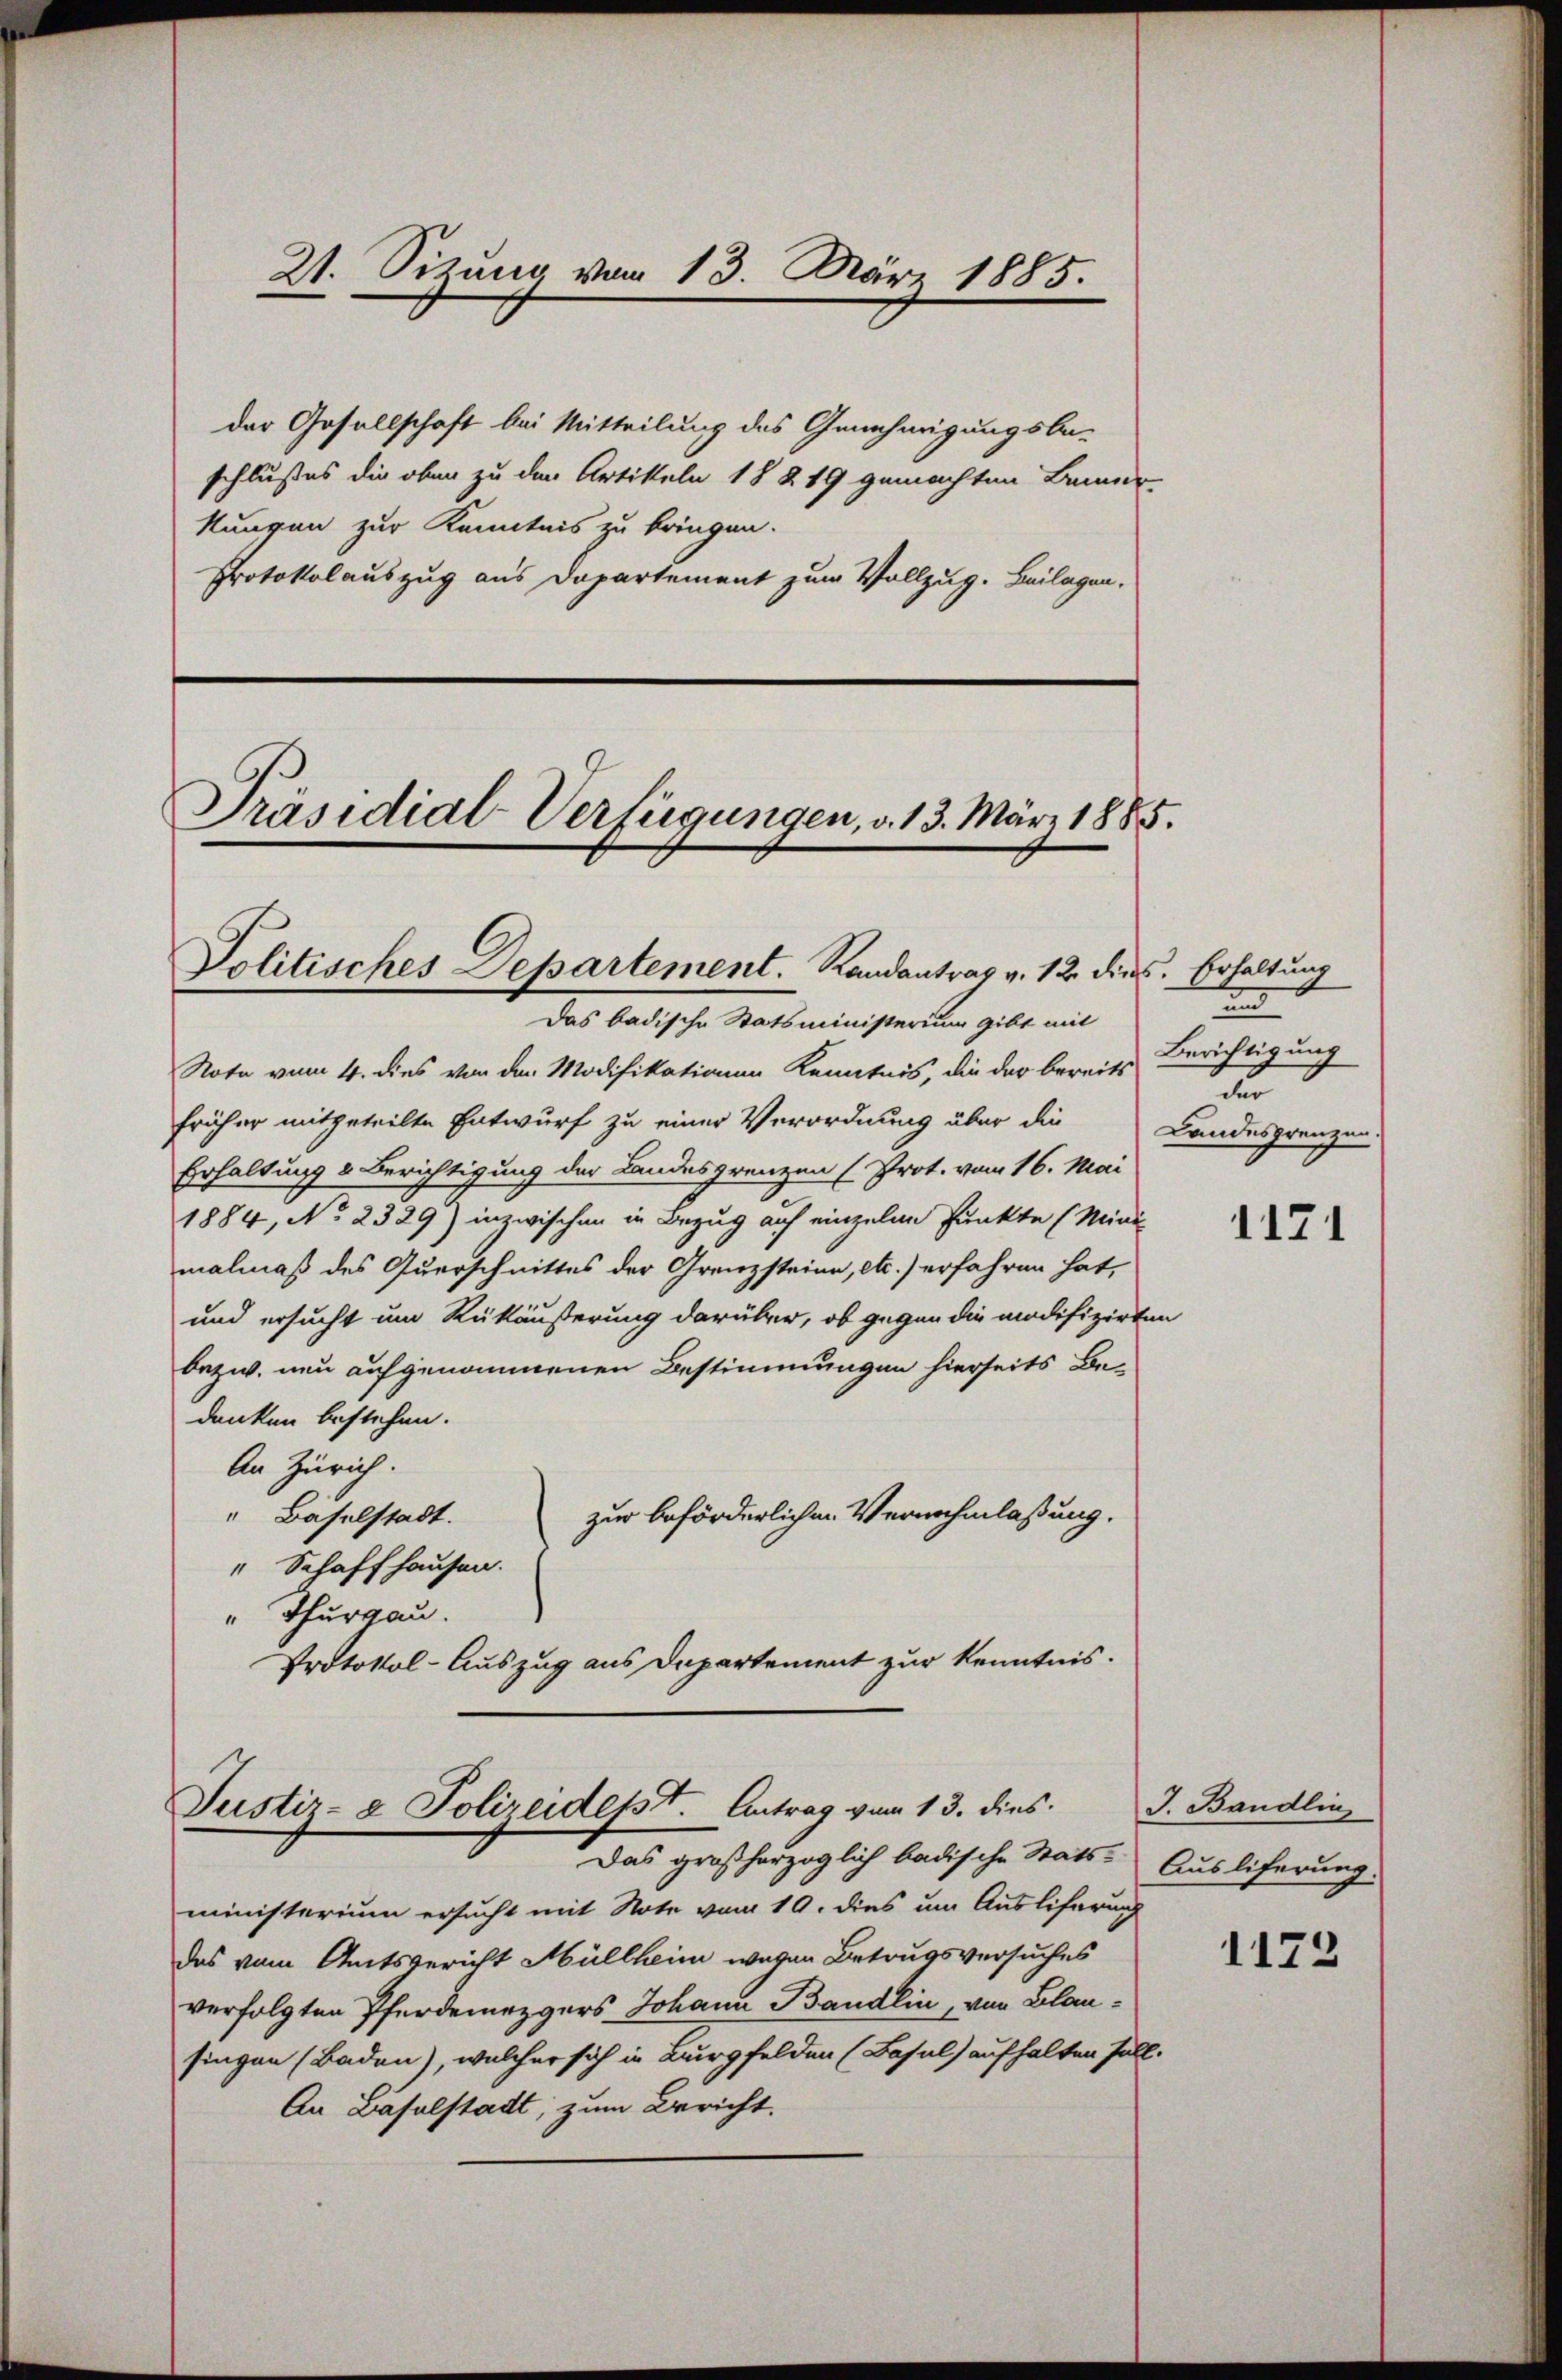
21. Sitzung vom 13. März 1885.

der Gesellschaft bei Mitteilung des Genehmigungsbe-
schlußes die oben zu der Artikeln 18 § 19 gemachten Bemer-
kungen zur Kenntnis zu bringen.
Protokolauszug aus Departement zum Vollzug. Beilagen.

Präsidial-Verfügungen, v. 13. März 1885.

Das badische Statsministerium gibt mit
Note vom 4. dies von den Modifikationen Kenntnis, die der bereits
früher mitgeteilte Entwurf zu einer Verordnung über die
Erhaltung & Berichtigung der Landesgrenzen (Prot. vom 16. Mai
1884, No 2329) inzwischen in Bezug auf einzelne Punkte (Mini-
malmäß des Querschnittes der Grenzsteine, etc.) erfahren hat,
und ersucht um Rükäußerung darüber, ob gegen die modifizirten
bezw. neu aufgenommenen Bestimmungen hierseits Be-
denken bestehen.
An Zürich.
" Baselstadt.
zur beförderlichen Vernehmlassung.
" Schaffhausen.
" Thurgau.
Protokol-Auszug aus Departement zur Kenntnis.

Politisches Departement. Randantrag v. 12. dies. Erhaltung

Justiz- & Polizeidetst Antrag vom 13. dies
Das großherzoglich badische Stats-

ministerium ersucht mit Note vom 10. dies um Ausliferung
das vom Amtsbericht Müllheim wegen Betrugsversuches
verfolgten Pferdemezgers Johann Bandlin, von Blausingen (Baden), welcher sich in Burgfelden (Basel) aufhalten soll.
An Baselstadt; zum Bericht.

n
Berichtigung
n
Landesgrenzen.

1171

J. Baudlin
Ausliferung.

1172